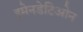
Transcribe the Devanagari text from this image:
इमेनडेटिओन